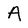
Character: A